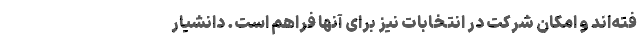
فته‌اند و امکان شرکت در انتخابات نیز برای آنها فراهم است. دانشیار